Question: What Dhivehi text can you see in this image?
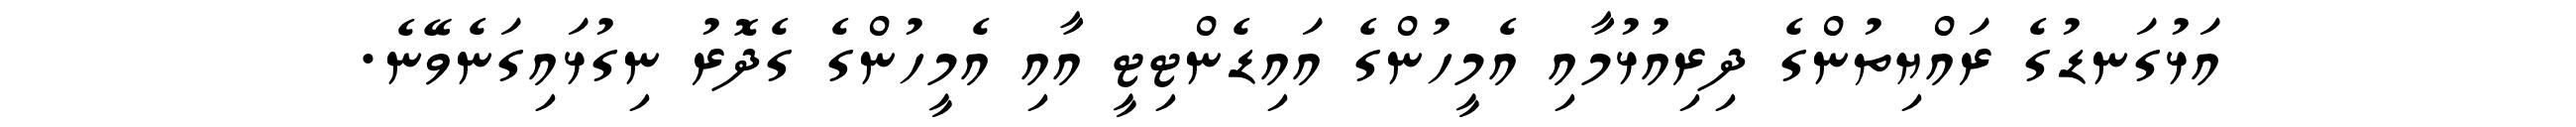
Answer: އަޅުގަނޑުގެ ރައްޔިތުންގެ ދިރިއުޅުމާއި އެމީހުންގެ އައިޑެންޓިޓީ އާއި އެމީހުންގެ ގެދޮރު ނިގުޅައިގަނެވޭނެ.